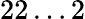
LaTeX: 22\ldots 2